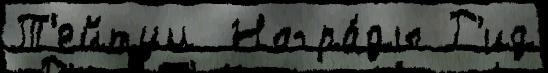
Т'ейтум  Награ́ды Р'ид